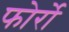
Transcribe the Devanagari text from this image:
फोर्रो